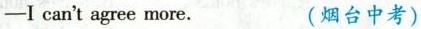
-I can't agree more. (烟台中考)